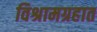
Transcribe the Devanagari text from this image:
विश्रामग्रहात